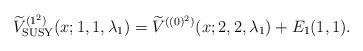
LaTeX: \begin{gather*} \widetilde{V}_{\rm SUSY}^{( 1^{2}) }(x;1,1,\lambda _{1})=\widetilde{V} ^{( (0) ^{2}) }(x;2,2,\lambda _{1})+E_{1}(1,1) .\end{gather*}